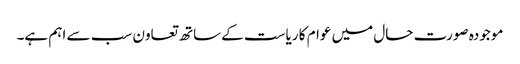
موجودہ صورت حال میں عوام کا ریاست کےساتھ تعاون سب سے اہم ہے۔